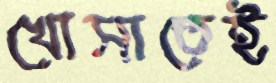
খোসাতেই